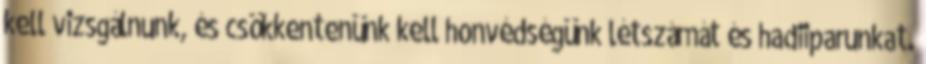
kell vizsgálnunk, és csökkentenünk kell honvédségünk létszámát és hadiiparunkat.